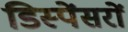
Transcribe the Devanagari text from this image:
डिस्पेंसरों